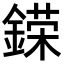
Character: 𨪪